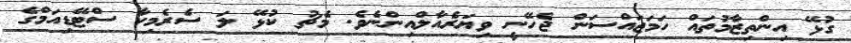
ގުޅޭ އިންތިޒާމުތައް ހަމަޖައްސަން ޖެހޭނީ ވިޔަރެއާލްއިންނެވެ. މެޗު ކުޅޭ ލަ ސެރެމިކާ ސްޓޭޑިއަމްގެ